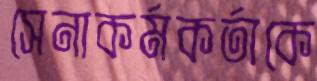
সেনাকর্মকর্তাকে